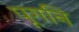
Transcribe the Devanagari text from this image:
पूगनि